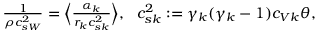
\begin{array} { r } { \frac { 1 } { \rho c _ { s W } ^ { 2 } } = \Big \langle \frac { \alpha _ { k } } { r _ { k } c _ { s k } ^ { 2 } } \Big \rangle , \ \ c _ { s k } ^ { 2 } : = \gamma _ { k } ( \gamma _ { k } - 1 ) c _ { V k } \theta , } \end{array}